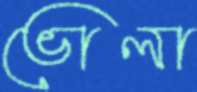
ভোলা